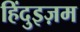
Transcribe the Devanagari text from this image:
हिंदुइज़म